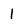
Character: 1